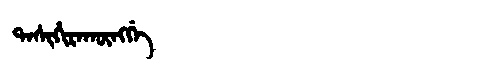
Manchu: ᡨᠠᠰᡳᡥᡳᡵᠠᡴᡡᠩᡤᡝ
Romanization: TASIHIRAKŪNGGE